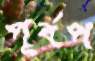
পূর্বপ